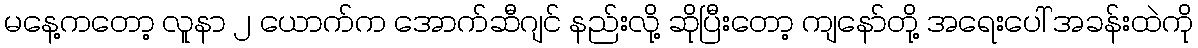
မနေ့ကတော့ လူနာ ၂ ယောက်က အောက်ဆီဂျင် နည်းလို့ ဆိုပြီးတော့ ကျနော်တို့ အရေးပေါ် အခန်းထဲကို